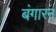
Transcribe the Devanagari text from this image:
बंगारन